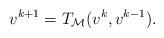
LaTeX: \begin{align*}v^{k+1}=T_\mathcal{M}(v^k, v^{k-1}).\end{align*}